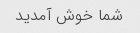
شما خوش آمدید